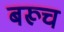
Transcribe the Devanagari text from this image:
बरूच